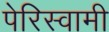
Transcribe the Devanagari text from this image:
पेरिस्वामी